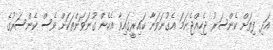
އަދި ފިތަށް ކެންސަރު ޖެހިއްޖެނަމަ އެގުނަވަނާ ކައިރީގައިވާ އެހެން ގުނަވަންތަކަށް ވެސް ކެންސަރުގެ